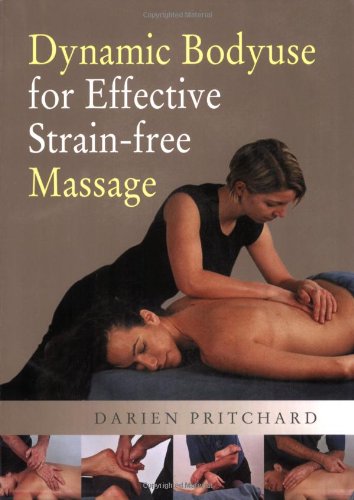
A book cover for Dynamic Bodyuse for Effective, Strain-Free Massage; Darien Pritchard; Health, Fitness & Dieting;